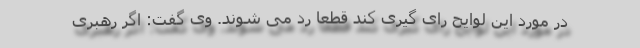
در مورد این لوایح رای گیری کند قطعا رد می شوند. وی گفت: اگر رهبری